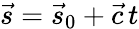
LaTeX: {\vec{s}}={\vec{s}}_{0}+{\vec{c}}\, t